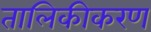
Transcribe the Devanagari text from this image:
तालिकीकरण